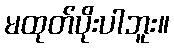
မထုတ်ပိုးပါဘူး။